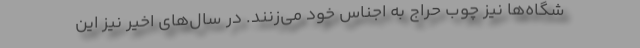
شگاه‌ها نیز چوب حراج به اجناس خود می‌زنند. در سال‌های اخیر نیز این